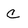
Character: C